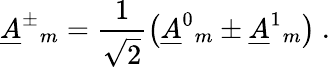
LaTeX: \underline{{{A}}}^{\pm}{}_{m}=\frac{1}{\sqrt{2}}\left(\underline{{{A}}}^{0}{}_{m}\pm\underline{{{A}}}^{1}{}_{m}\right)\ .